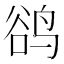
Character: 鹆